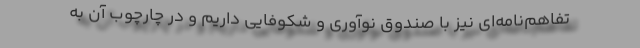
تفاهم‌نامه‌ای نیز با صندوق نوآوری و شکوفایی داریم و در چارچوب آن به